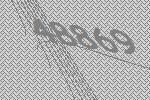
48869